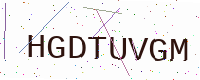
Text: HGDTUVGM